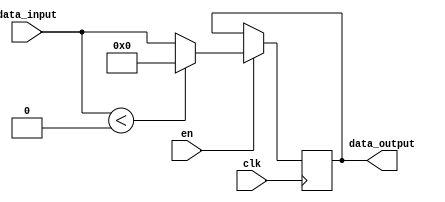

module Relu(data_input,data_output,en,clk);

parameter data_size=25;

input [data_size-1:0] data_input;

output reg[data_size-1:0] data_output;

input clk;

input en;

always@(posedge clk)

begin

if(en==1)

begin

if(data_input<0)

begin

data_output<=0;

end

else

begin

data_output<=data_input;

end

end

else

begin

end

end

endmodule